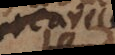
_ avec